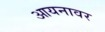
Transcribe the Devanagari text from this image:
आयनावर